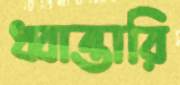
ধ্বান্তারি